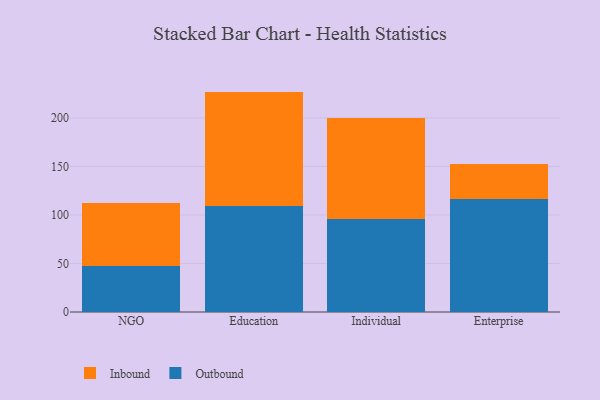
{"axis": {"x": "Segment", "y": "Temperature (°C)"}, "legend": ["Inbound", "Outbound"], "data": [{"x": "NGO", "y": 47.6, "type": "Outbound"}, {"x": "NGO", "y": 65.2, "type": "Inbound"}, {"x": "Education", "y": 109.6, "type": "Outbound"}, {"x": "Education", "y": 117.5, "type": "Inbound"}, {"x": "Individual", "y": 96.3, "type": "Outbound"}, {"x": "Individual", "y": 103.5, "type": "Inbound"}, {"x": "Enterprise", "y": 116.3, "type": "Outbound"}, {"x": "Enterprise", "y": 36.0, "type": "Inbound"}]}